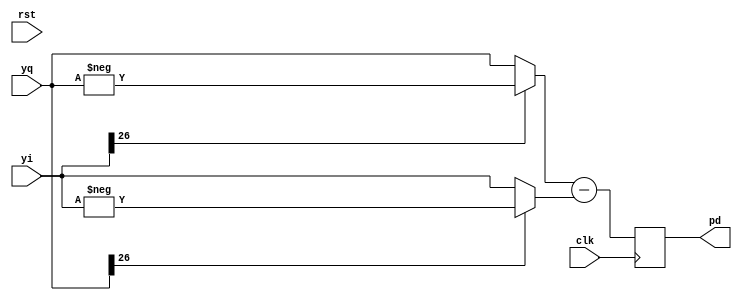
//PolarDetect.v
module PolarDetect (
	rst,clk,yi,yq,
	pd); 
	
	input		rst;   //
	input		clk;   //FPGA8MHz
	input	 signed [26:0]	yi;  //8MHz
	input	 signed [26:0]	yq;  //8MHz
	output signed [26:0]	pd;  //
	
	reg signed [26:0] sygnyi,sygnyq;
	reg signed [27:0] pdt;
	always @(*)
		   begin
			   if (!yi[26])
				   sygnyq <= yq;
				else
				   sygnyq <= -yq;
				if (!yq[26])
				   sygnyi <= yi;
				else
					sygnyi <= -yi;
			end
			
	always @(posedge clk)
		pdt <= {sygnyq[26],sygnyq} - {sygnyi[26],sygnyi};	
		
	assign pd = pdt[26:0];

endmodule